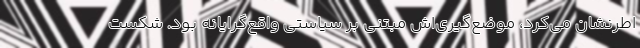
اطرنشان می‌کرد، موضع‌گیری‌اش مبتنی بر سیاستی واقع‌گرایانه بود. شکست